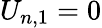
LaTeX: {{U}_{n,1}}=0